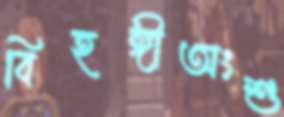
বিহঙ্গীঅংশু